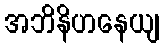
အဘိနိဟနေယျ